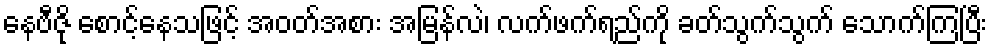
နေဗီဇို စောင့်နေသဖြင့် အဝတ်အစား အမြန်လဲ၊ လက်ဖက်ရည်ကို ခတ်သွက်သွက် သောက်ကြပြီး